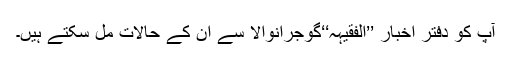
آپ کو دفتر اخبار ’’الفقیہہ‘‘گوجرانوالا سے اُن کے حالات مل سکتے ہیں۔